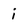
Character: i